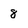
Character: 8